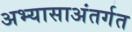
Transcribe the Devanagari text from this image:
अभ्यासाअंतर्गत